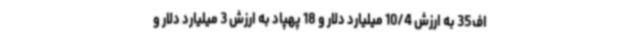
اف35 به ارزش 10/4 میلیارد دلار و 18 پهپاد به ارزش 3 میلیارد دلار و